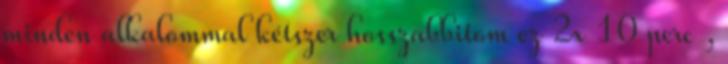
minden alkalommal kétszer hosszabbitom ez 2x 10 perc ,